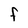
Character: F